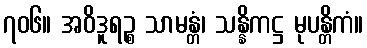
၇၀၆။ အဝိဒူရဉ္စ သာမန္တံ၊ သန္နိကဋ္ဌ မုပန္တိကံ။